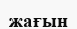
жағын